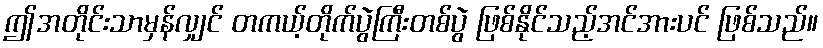
ဤအတိုင်းသာမှန်လျှင် တကယ့်တိုက်ပွဲကြီးတစ်ပွဲ ဖြစ်နိုင်သည့်အင်အားပင် ဖြစ်သည်။